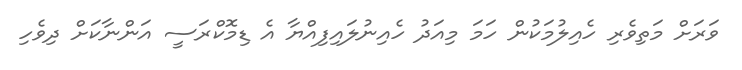
ވަރަށް މަތިވެރި ހެއިލުމަކުން ހަމަ މިއަދު ހެއިނުލައިފިއްޔާ އެ ޑިމޮކްރަސީ އަންނާކަށް ދިވެހި